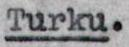
Turku.